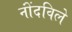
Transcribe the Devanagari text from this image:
नोंंदविले